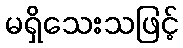
မရှိသေးသဖြင့်